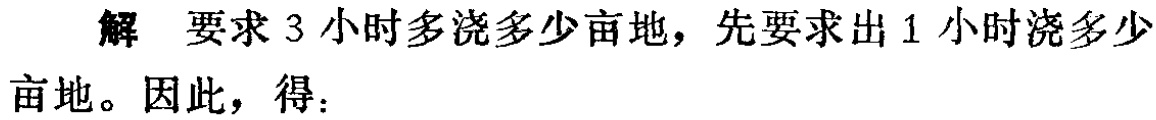
解 要求 3 小时多浇多少亩地，先要求出 1 小时浇多少亩地。因此，得：